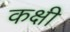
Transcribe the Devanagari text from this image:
कक्षी